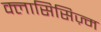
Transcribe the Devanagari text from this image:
क्लासिसिज़्म